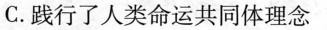
C.践行了人类命运共同体理念